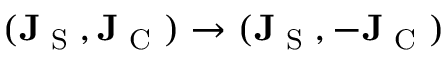
( \mathbf { J } _ { \textrm { S } } , \mathbf { J } _ { \textrm { C } } ) \rightarrow ( \mathbf { J } _ { \textrm { S } } , - \mathbf { J } _ { \textrm { C } } )